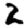
Digit: 2